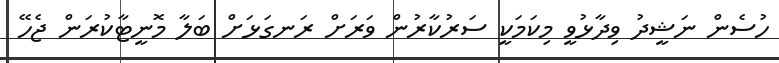
ހުސެން ނަޝީދު ވިދާޅުވީ މިކަމަކީ ސަރުކާރުން ވަރަށް ރަނގަޅަށް ބަލާ މޮނީޓާކުރަން ޖެހޭ